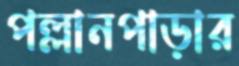
পল্লানপাড়ার